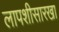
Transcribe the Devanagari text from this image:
लापशीसारखा